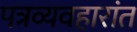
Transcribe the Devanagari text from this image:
पत्रव्यवहारांत